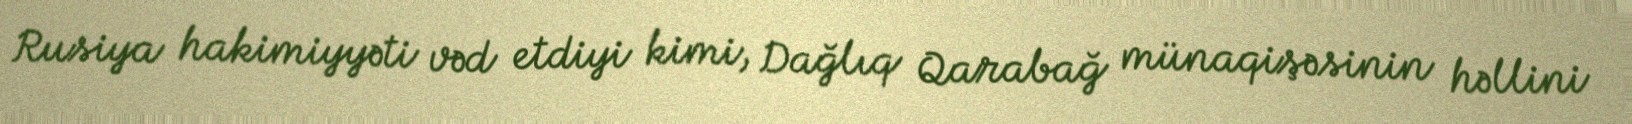
Rusiya hakimiyyəti vəd etdiyi kimi, Dağlıq Qarabağ münaqişəsinin həllini